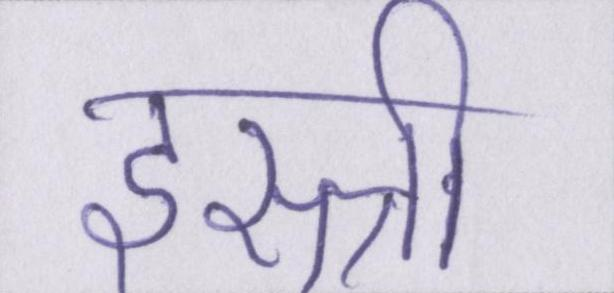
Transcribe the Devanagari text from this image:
इस्त्री